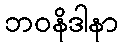
ဘဝနိဒါနာ